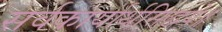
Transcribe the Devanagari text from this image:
सर्वकार्यार्थसिद्धये॥